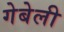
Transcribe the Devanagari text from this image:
गेबेली